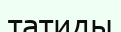
татиды